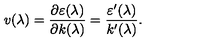
v ( \lambda ) = \frac { \partial \varepsilon ( \lambda ) } { \partial k ( \lambda ) } = \frac { \varepsilon ^ { \prime } ( \lambda ) } { k ^ { \prime } ( \lambda ) } .